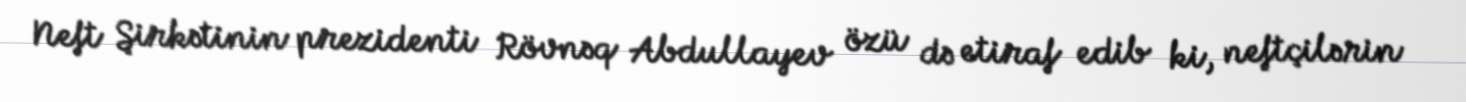
Neft Şirkətinin prezidenti Rövnəq Abdullayev özü də etiraf edib ki, neftçilərin